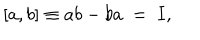
[ a , b ] \equiv a b - b a \ = \ I ,